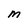
Character: m